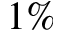
1 \%